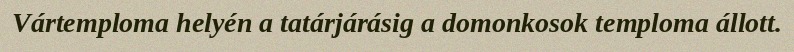
Vártemploma helyén a tatárjárásig a domonkosok temploma állott.